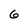
Character: 6